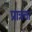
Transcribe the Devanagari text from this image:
प्रात्रता